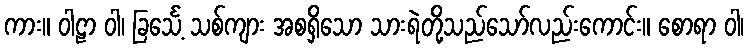
ကား။ ဝါဠာ ဝါ၊ ခြင်္သေ့ သစ်ကျား အစရှိသော သားရဲတို့သည်သော်လည်းကောင်း။ စောရာ ဝါ၊